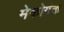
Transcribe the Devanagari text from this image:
मेकोगंक